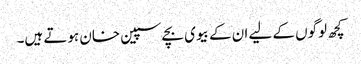
کچھ لوگوں کے لیے ان کے بیوی بچے سپین خان ہوتے ہیں۔